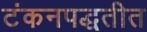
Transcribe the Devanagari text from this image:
टंकनपद्धतीत